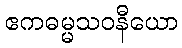
ဧကဓမ္မသဝနီယော